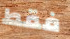
فقط